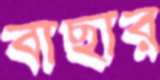
বাছার